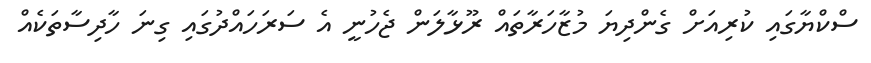
ސްކްޔާގައި ކުރިއަށް ގެންދިޔަ މުޒާހަރާތައް ރޫޅާލަން ޖެހުނީ އެ ސަރަހައްދުގައި ގިނަ ހާދިސާތަކެއް